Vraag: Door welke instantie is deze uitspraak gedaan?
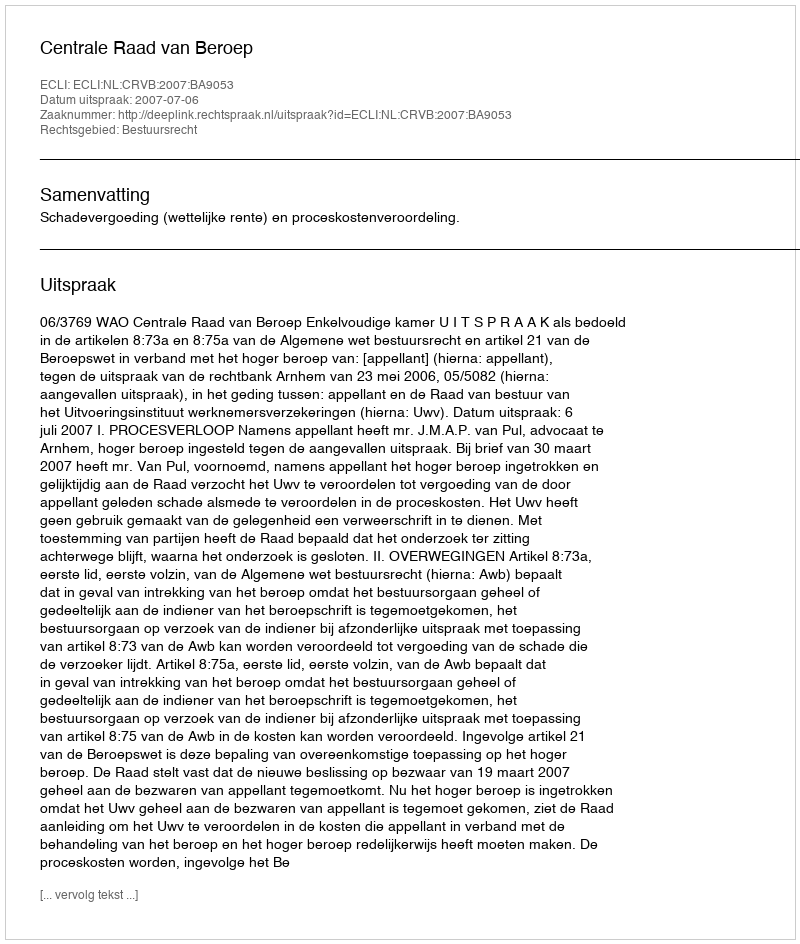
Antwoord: Centrale Raad van Beroep